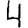
Digit: 4